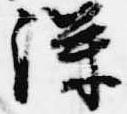
深